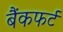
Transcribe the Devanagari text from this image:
बैंकफर्ट